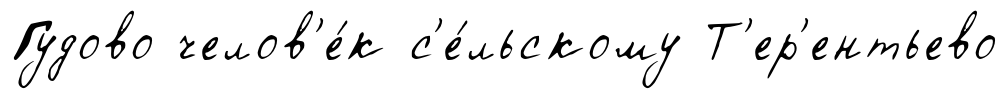
Гудово челов'е́к с'е́льскому Т'ер'ентьево